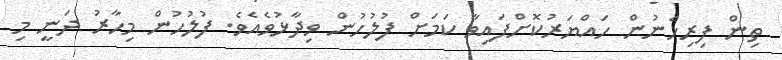
ތިން ފިރިހެނުން ހައްޔަރުކޮށްފައިވާ ކަމަށް ފުލުހުން ވިދާޅުވެއެވެ. ފުލުހުން މިހާރު ދަނީ މި